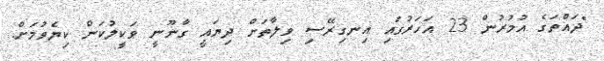
"ދައްތަގެ އުމުރުން 23 އަހަރުގައި އިނގިރޭސި ވިލާތަށް ދިޔައީ ގާނޫނީ ވަކީލުކަން ކިޔެވުމަށް.